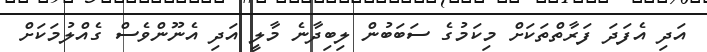
އަދި އެފަދަ ފަރާތްތަކަށް މިކަމުގެ ސަބަބުން ލިބިދާނެ މާލީ އަދި އެނޫންވެސް ގެއްލުމަކަށް